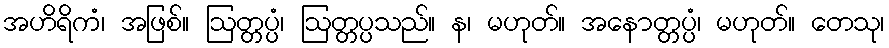
အဟိရိကံ၊ အဖြစ်။ ဩတ္တပ္ပံ၊ ဩတ္တပ္ပသည်။ န၊ မဟုတ်။ အနောတ္တပ္ပံ၊ မဟုတ်။ တေသု၊